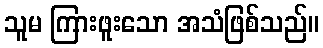
သူမ ကြားဖူးသော အသံဖြစ်သည်။